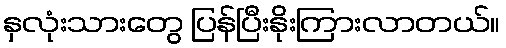
နှလုံးသားတွေ ပြန်ပြီးနိုးကြားလာတယ်။